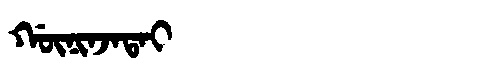
Manchu: ᡤᡡᠨᡳᠨᠵᠠᡨᠠᡳ
Romanization: GŪNINJATAI